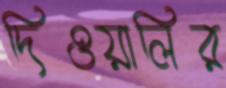
দিওয়ালির